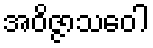
အဝိဇ္ဇာသဝေါ